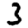
Digit: 3